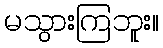
မသွားကြဘူး။